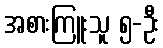
အစားကြူးသူ ၅-ဦး